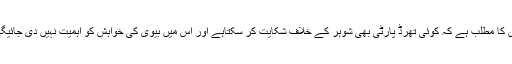
اس کا مطلب ہے کہ کوئی تھرڈ پارٹی بھی شوہر کے خلاف شکایت کر سکتاہے اور اس میں بیوی کی خواہش کو اہمیت نہیں دی جائیگی۔